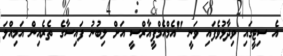
އެ ސިޓީގައި ވިދާޅުވެފައި ވަނީ "އެމްއެމްޕީއާރްސީ އަށް ލިބުނު ފައިސާގެ ތެރެއިން އަމިއްލަ